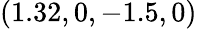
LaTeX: (1.32,0,-1.5,0)